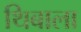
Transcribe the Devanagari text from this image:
थिबाला